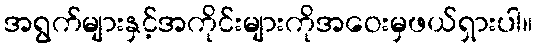
အရွက်များနှင့်အကိုင်းများကိုအဝေးမှဖယ်ရှားပါ။